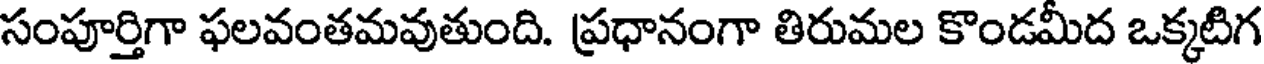
సంపూర్తిగా ఫలవంతమవుతుంది. ప్రధానంగా తిరుమల కొండమీద ఒక్కటిగ